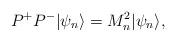
LaTeX: \begin{align*}P^+P^- |\psi_n\rangle = M_n^2 |\psi_n\rangle,\end{align*}